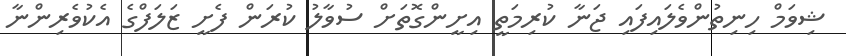
ޝިވަމް ހިނިތުންވެލައިފައި ޖަނާ ކުރިމަތީ އިށީންގޮތަށް ސުވާލު ކުރަން ފެށީ ޒަލަފްގެ އެކުވެރިންނާ